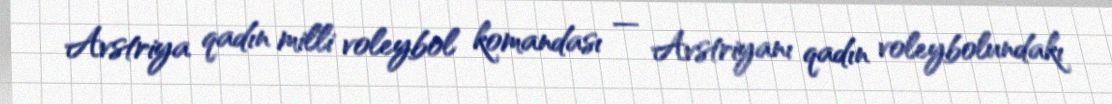
Avstriya qadın milli voleybol komandası — Avstriyanı qadın voleybolundakı